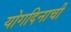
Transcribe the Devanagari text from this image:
योगदिनाची